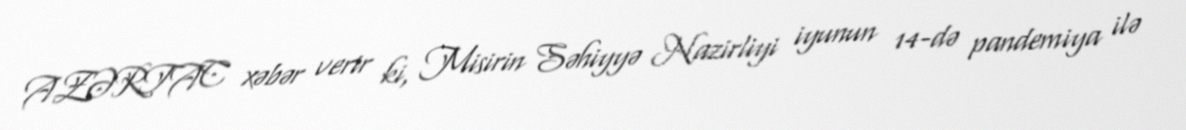
AZƏRTAC xəbər verir ki, Misirin Səhiyyə Nazirliyi iyunun 14-də pandemiya ilə